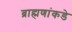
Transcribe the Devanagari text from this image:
ब्राह्मणांकडे